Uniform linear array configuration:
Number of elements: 32
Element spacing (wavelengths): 0.5
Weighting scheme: blackman
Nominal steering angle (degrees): -60
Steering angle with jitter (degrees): -60.237
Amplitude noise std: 0.05
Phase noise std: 0.05

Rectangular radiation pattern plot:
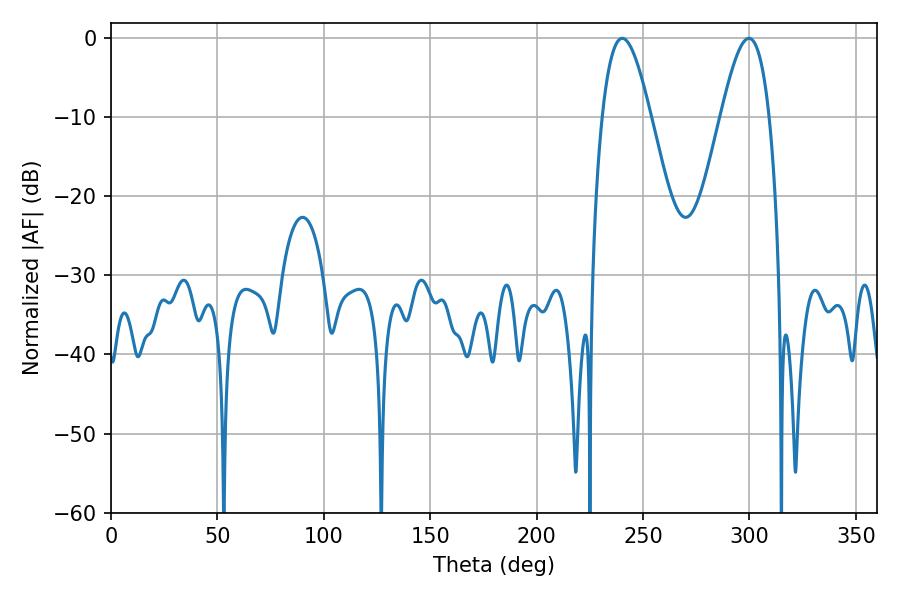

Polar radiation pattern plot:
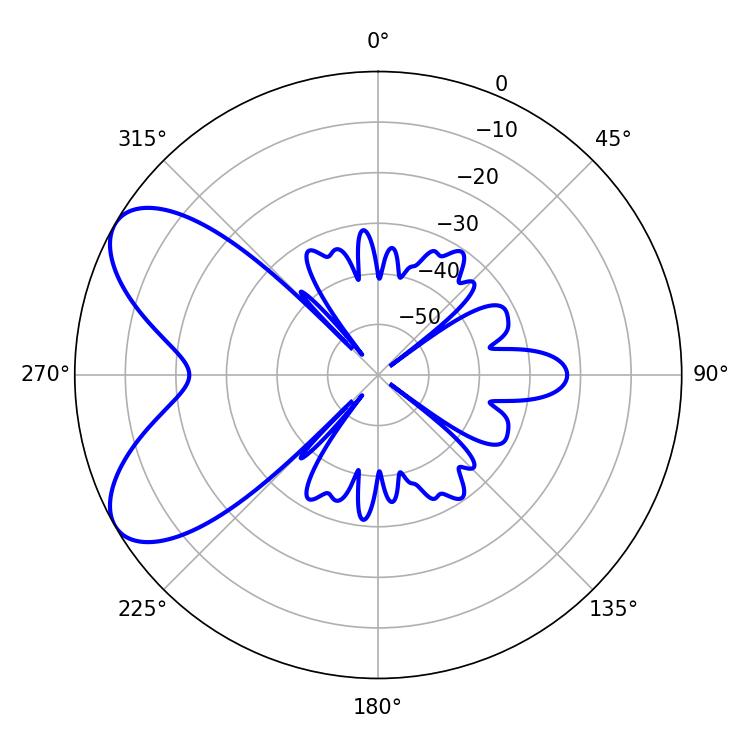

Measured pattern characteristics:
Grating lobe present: FALSE
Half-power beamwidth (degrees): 12.24
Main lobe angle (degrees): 299.7